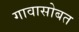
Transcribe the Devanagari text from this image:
गावासोबत